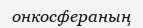
онкосфераның